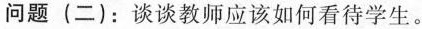
问题(二)：谈谈教师应该如何看待学生。